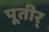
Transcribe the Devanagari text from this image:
पूतीर्